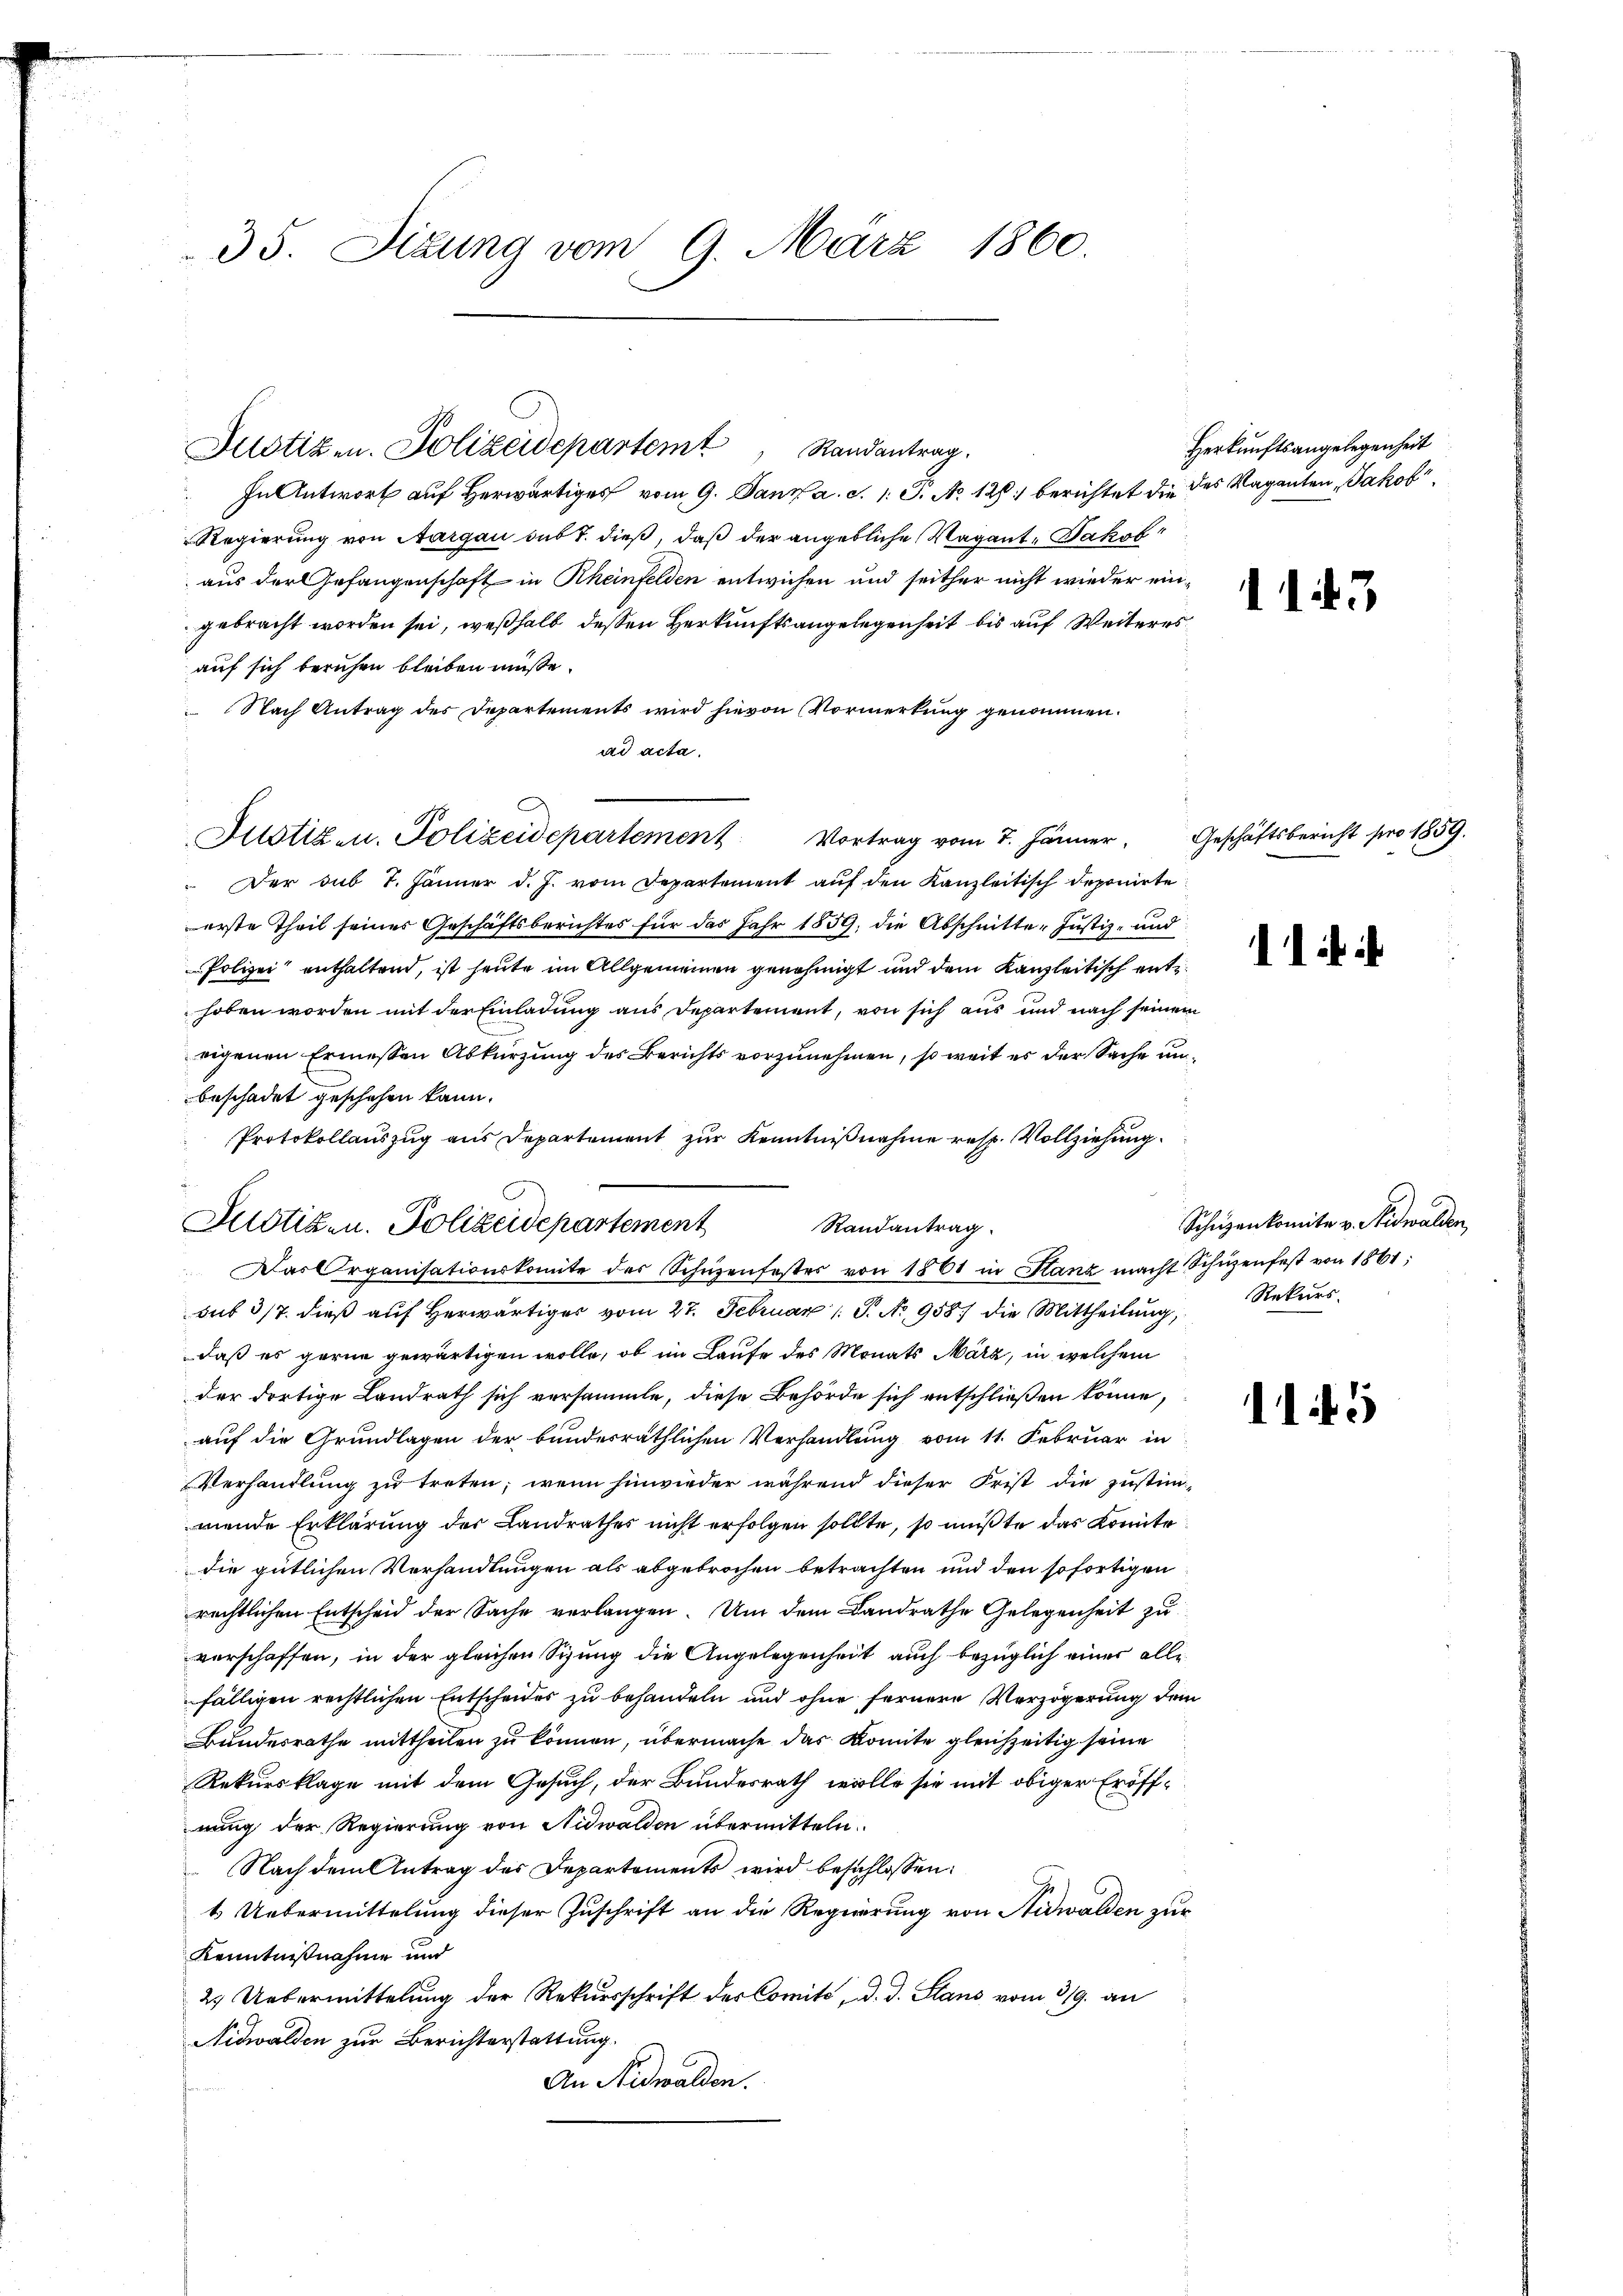
35. Sizung vom 9. März 1860.

Justizen. Polizeidepartem Randantrag.

Justiz- u. Polizeidepartement Vortrag vom 7. Jänner,

Justiz- u. Polizeidepartement

In Antwort auf herwärtiges vom 9. Janz a. c. 1. P. No 126. berichtet die des Vaganten Jakob
Regierung von Aargau sub T. dieß, daß der angebliche Vagant. Sakofaus der Gefangenschaft in Rheinfelden entwichen und seither nicht wieder eingebracht worden sei, weßhalb dessen Herkunftsangelegenheit bis auf Weiteres
auf sich beruhen bleiben müsse.
Nach Antrag des Departements wird hievon Vormerkung genommen.
ad acta.
 Der sub 7. Jänner d. J. vom Departement auf den Kanzleitisch deponirte
erste Theil seines Geschäftsberichtes für das Jahr 1859, die Abschnitter Justiz- und
Polizei enthaltend, ist heute im Allgemeinen genehmigt und dem Kanzleitisch entz
hoben worden mit der Einladung aus Departement, von sich aus und nach seinem
eigenen Ermessen Abkürzung des Berichts vorzunehmen, so weit er der Sache unbeschadet geschehen kann.
Protokollauszug aus Departement zur Kenntnißnahme resp. Vollziehung.
Randantrag.
Das Organisationskomite des Schüzenfestes von 1861 in Stanz macht Schüzenfest von 1861,
sub 317. dieβ aŭf herwärtiger vom 27. Februar 1 S. Nr. 958) die Mittheilŭng, Rekurs-
daß es gerne gewärtigen wolle, ob im Laufe des Monats März, in welchem
der dortige Landrath sich versammte, diese Behörde sich entschließen könne,
auf die Grundlagen der bundesräthlichen Verhandlung vom 11. Februar in
Verhandlung zu treten; wenn hinwieder während dieser Frist die Zustim-
mende Erklärung der Landrathes nicht erfolgen sollte, so mußte das konnte
die gütlichen Verhandlungen als abgebrochen betrachten und den sofortigen
rechtlichen Entscheid der Sache verlangen. Um dem Landrathe Gelegenheit zu
verschaffen, in der gleichen Sizung die Angelegenheit auch bezüglich einer allfälligen rechtlichen Entscheides zu behandeln und ohne fernere Verzögerung dem
Bundesrathe mittheilen zu können, übermache das Komite gleichzeitig seine
Rekursklage mit dem Gesuch, der Bundesrath wolle sie mit obiger Eröffnung der Regierung von Nidwalden übermitteln.
 Nach dem Antrag des Departements wird beschlossen:
t Uebermittelung dieser Zuschrift an die Regierung von Nidwalden zur
Kenntnißnahme und
2. Uebermittelung der Rekursschrift des Comité, d. d. Stans vom 319. an
Nidwalden zur Berichterstattung.
An Nidwalden.

Herkunftsangelegenheit

1143

Geschäftsbericht pro 1859.

11:

Schüzenkomite v. Nidwalden

115